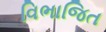
વિભાજિત